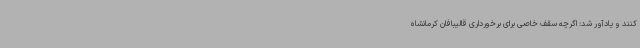
کنند و یادآور شد: اگرچه سقف خاصی برای برخورداری قالیبافان کرمانشاه